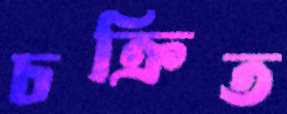
চক্রিত